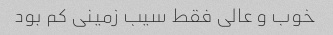
خوب و عالی فقط سیب زمینی کم بود